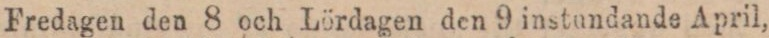
Fredagen den 8 och Lördagen den 9 instundande April,